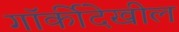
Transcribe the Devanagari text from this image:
गॉर्कीदेखील